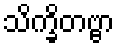
သိက္ခိတဗ္ဗာ